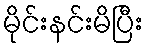
မိုင်းနင်းမိပြီး